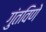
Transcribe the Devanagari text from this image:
गुंतविणे